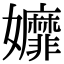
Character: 孊